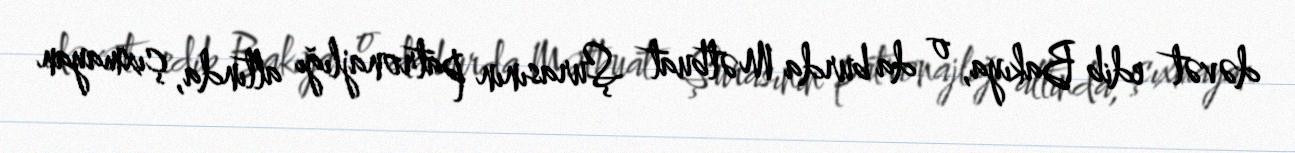
dəvət edib Bakıya, o da burda Mətbuat Şurasının patronajlığı altında, çıxmayan